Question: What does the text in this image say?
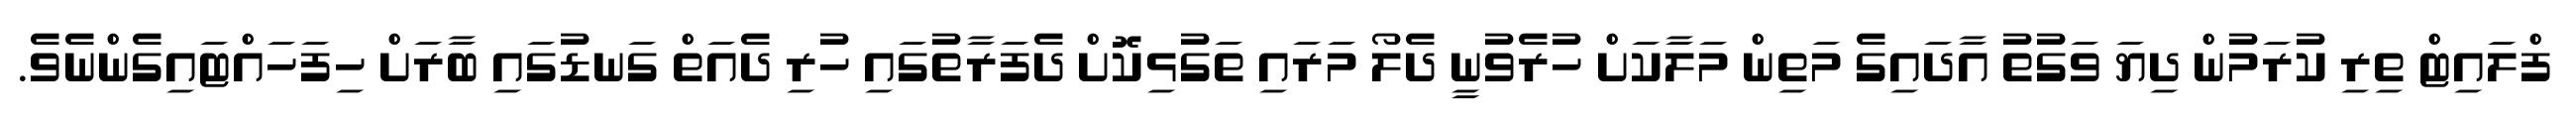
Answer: ފްލައިޓް ތިރި ކުރަމުން ދިޔަ ވަގުތު އާދައިގެ މަތިން މަލާކަށް ހުރެވުނީ ދެލޯ މަރައި ތަގުޅިކޮށް ދެފަރާތުގައި ހުރި ދެއަތް ގަނޑުގައި ބާރަށް ހިފަހައްޓައިގެންނެވެ.